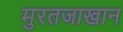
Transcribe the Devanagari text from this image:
मुरतजाखान